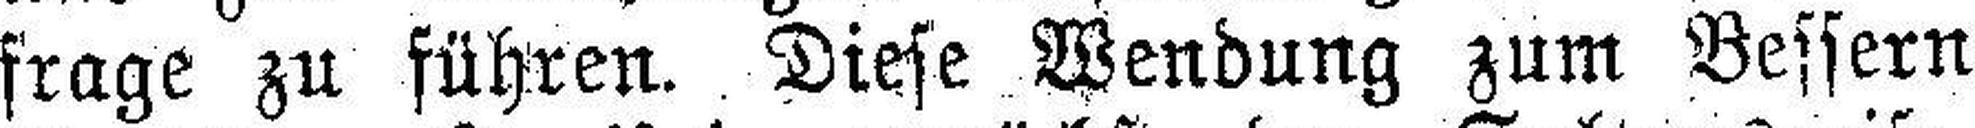
frage zu führen. Diese Wendung zum Bessern